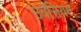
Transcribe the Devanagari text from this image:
उर्वसियम